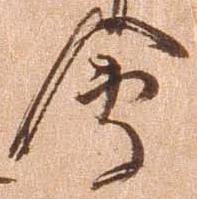
会